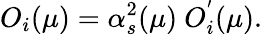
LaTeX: O_{i}(\mu)=\alpha_{s}^{2}(\mu)~O_{i}^{'}(\mu).